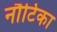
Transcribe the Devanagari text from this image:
नौटिका